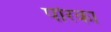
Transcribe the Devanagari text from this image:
पोरका